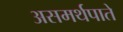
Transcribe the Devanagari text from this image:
असमर्थपाते